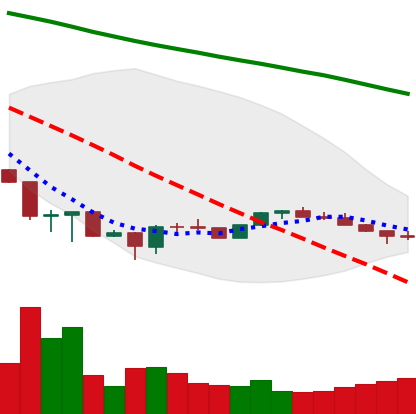
Ticker: ETH-USD
Chart end date: 2022-07-01
Forward return: 12.003%
Label: up_7plus